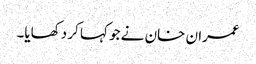
عمران خان نے جو کہا کر دکھایا۔